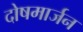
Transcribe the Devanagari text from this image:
दोषमार्जन